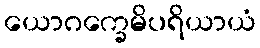
ယောဂက္ခေမိပရိယာယံ